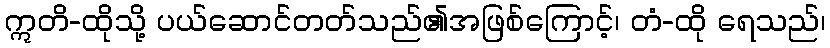
ဣတိ-ထိုသို့ ပယ်ဆောင်တတ်သည်၏အဖြစ်ကြောင့်၊ တံ-ထို ရေသည်၊